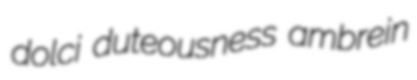
dolci duteousness ambrein